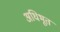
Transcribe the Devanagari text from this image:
अधिभूत